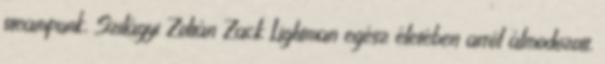
steampunk, Szilágyi Zoltán Zack Lightman egész életében arról álmodozott,